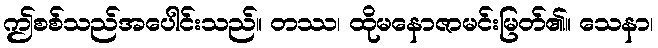
ဤစစ်သည်အပေါင်းသည်။ တဿ၊ ထိုမနောဇာမင်းမြတ်၏။ သေနာ၊